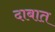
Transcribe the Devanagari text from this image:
दाबात